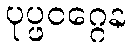
ပုပ္ဖဝဂ္ဂေန